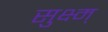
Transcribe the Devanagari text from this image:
सुक्ष्म्